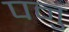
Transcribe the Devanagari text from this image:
पनु